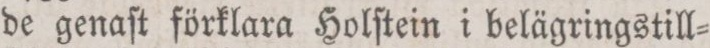
de genaſt förklara Holſtein i belägringstill=